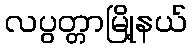
လပွတ္တာမြို့နယ်